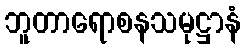
ဘူတာရောစနသမုဋ္ဌာနံ